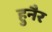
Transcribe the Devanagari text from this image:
हुनैर